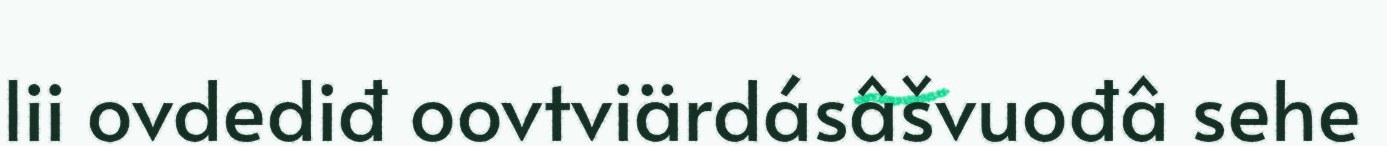
lii ovdediđ oovtviärdásâšvuođâ sehe